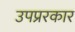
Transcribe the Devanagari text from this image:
उपप्ररकार